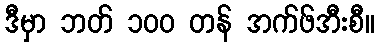
ဒီမှာ ဘတ် ၁၀၀ တန် အက်ဖ်အီးစီ။